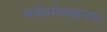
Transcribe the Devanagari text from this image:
सर्वधर्मसमानता